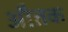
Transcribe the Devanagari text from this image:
औतक